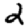
Digit: 2